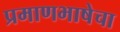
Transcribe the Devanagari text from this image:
प्रमाणभाषेचा